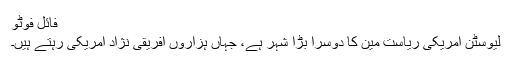
فائل فوٹو
لیوسٹن امریکی ریاستِ مین کا دوسرا بڑا شہر ہے، جہاں ہزاروں افریقی نژاد امریکی رہتے ہیں۔